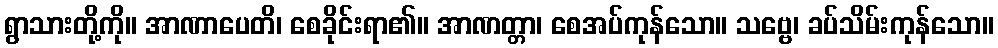
ရွာသားတို့ကို။ အာဏာပေတိ၊ စေခိုင်းရာ၏။ အာဏတ္တာ၊ စေအပ်ကုန်သော။ သဗ္ဗေ၊ ခပ်သိမ်းကုန်သော။